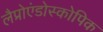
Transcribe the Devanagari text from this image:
लैप्रोएंडोस्कोपिक